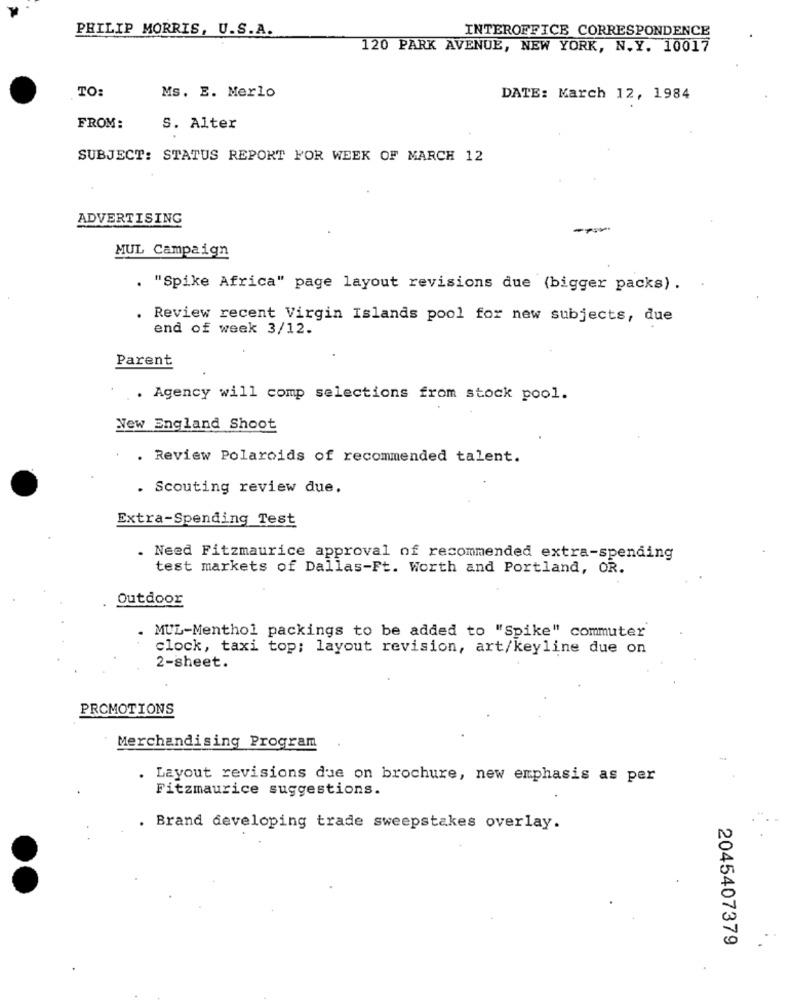
PHILIP MORRIS, U.S.A.
INTEROFFICE CORRESPONDENCE
120 PARK AVENUE, NEW YORK, N.Y. 10017
TO:
Ms. E. Merlo
DATE: March 12, 1984
FROM:
S. Alter
SUBJECT: STATUS REPORT FOR WEEK OF MARCH 12
ADVERTISING
--
MUL Campaign
. "Spike Africa" page layout revisions due (bigger packs) .
. Review recent Virgin Islands pool for new subjects, due
end of week 3/12.
Parent
. Agency will comp selections from stock pool.
New England Shoot
. Review Polaroids of recommended talent.
. Scouting review due.
Extra-Spending Test
. Need Fitzmaurice approval of recommended extra-spending
test markets of Dallas-Ft. Worth and Portland, OR.
Outdoor
. MUL-Menthol packings to be added to "Spike" commuter
clock, taxi top; layout revision, art/keyline due on
2-sheet.
PROMOTIONS
Merchandising Program
.
Layout revisions due on brochure, new emphasis as per
Fitzmaurice suggestions.
. Brand developing trade sweepstakes overlay.
2045407379